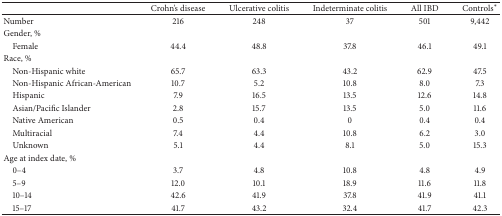
<table><thead><tr><td><b> </b></td><td><b>Crohn&#x27;s disease</b></td><td><b>Ulcerative colitis</b></td><td><b>Indeterminate colitis</b></td><td><b>All IBD</b></td><td><b>Controls<sup>∗</sup></b></td></tr></thead><tbody><tr><td>Number</td><td>216</td><td>248</td><td>37</td><td>501</td><td>9,442</td></tr><tr><td>Gender, % </td><td> </td><td> </td><td> </td><td> </td><td> </td></tr><tr><td> Female</td><td>44.4</td><td>48.8</td><td>37.8</td><td>46.1</td><td>49.1</td></tr><tr><td>Race, %</td><td> </td><td> </td><td> </td><td> </td><td> </td></tr><tr><td> Non-Hispanic white</td><td>65.7</td><td>63.3</td><td>43.2</td><td>62.9</td><td>47.5</td></tr><tr><td> Non-Hispanic African-American</td><td>10.7</td><td>5.2</td><td>10.8</td><td>8.0</td><td>7.3</td></tr><tr><td> Hispanic </td><td>7.9</td><td>16.5</td><td>13.5</td><td>12.6</td><td>14.8</td></tr><tr><td> Asian/Pacific Islander</td><td>2.8</td><td>15.7</td><td>13.5</td><td>5.0</td><td>11.6</td></tr><tr><td> Native American</td><td>0.5</td><td>0.4</td><td>0</td><td>0.4</td><td>0.4</td></tr><tr><td> Multiracial</td><td>7.4</td><td>4.4</td><td>10.8</td><td>6.2</td><td>3.0</td></tr><tr><td> Unknown</td><td>5.1</td><td>4.4</td><td>8.1</td><td>5.0</td><td>15.3</td></tr><tr><td>Age at index date, %</td><td> </td><td> </td><td> </td><td> </td><td> </td></tr><tr><td> 0–4</td><td>3.7</td><td>4.8</td><td>10.8</td><td>4.8</td><td>4.9</td></tr><tr><td> 5–9</td><td>12.0</td><td>10.1</td><td>18.9</td><td>11.6</td><td>11.8</td></tr><tr><td> 10–14</td><td>42.6</td><td>41.9</td><td>37.8</td><td>41.9</td><td>41.1</td></tr><tr><td> 15–17</td><td>41.7</td><td>43.2</td><td>32.4</td><td>41.7</td><td>42.3</td></tr></tbody></table>